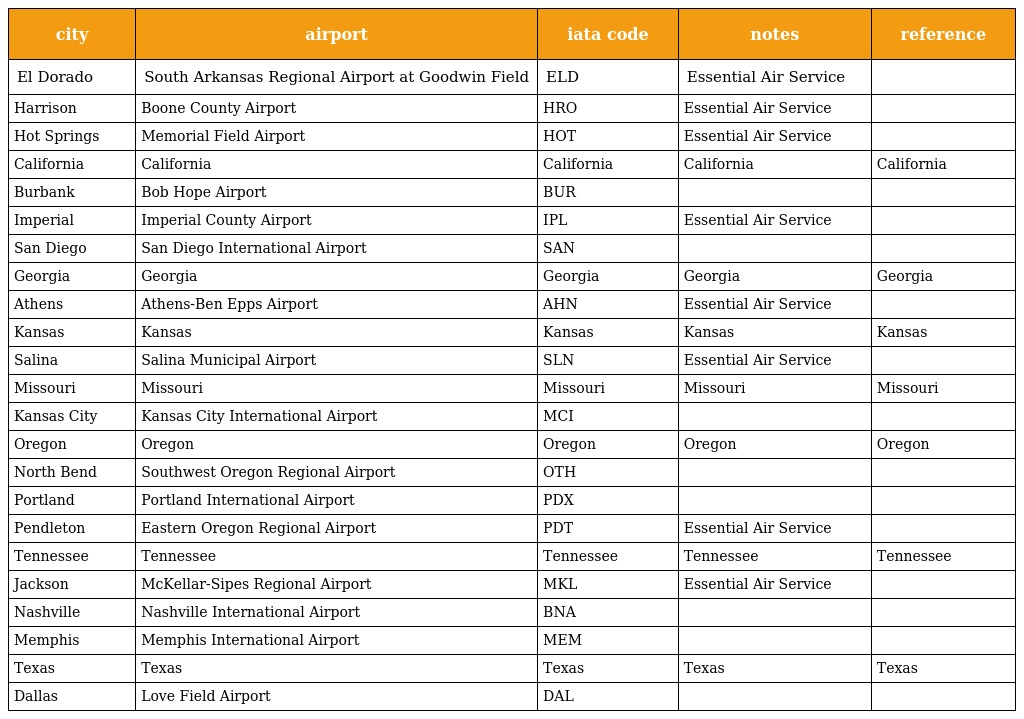
| city | airport | iata code | notes | reference |
 | --- | --- | --- | --- | --- |
 | El Dorado | South Arkansas Regional Airport at Goodwin Field | ELD | Essential Air Service |  |
 | Harrison | Boone County Airport | HRO | Essential Air Service |  |
 | Hot Springs | Memorial Field Airport | HOT | Essential Air Service |  |
 | California | California | California | California | California |
 | Burbank | Bob Hope Airport | BUR |  |  |
 | Imperial | Imperial County Airport | IPL | Essential Air Service |  |
 | San Diego | San Diego International Airport | SAN |  |  |
 | Georgia | Georgia | Georgia | Georgia | Georgia |
 | Athens | Athens-Ben Epps Airport | AHN | Essential Air Service |  |
 | Kansas | Kansas | Kansas | Kansas | Kansas |
 | Salina | Salina Municipal Airport | SLN | Essential Air Service |  |
 | Missouri | Missouri | Missouri | Missouri | Missouri |
 | Kansas City | Kansas City International Airport | MCI |  |  |
 | Oregon | Oregon | Oregon | Oregon | Oregon |
 | North Bend | Southwest Oregon Regional Airport | OTH |  |  |
 | Portland | Portland International Airport | PDX |  |  |
 | Pendleton | Eastern Oregon Regional Airport | PDT | Essential Air Service |  |
 | Tennessee | Tennessee | Tennessee | Tennessee | Tennessee |
 | Jackson | McKellar-Sipes Regional Airport | MKL | Essential Air Service |  |
 | Nashville | Nashville International Airport | BNA |  |  |
 | Memphis | Memphis International Airport | MEM |  |  |
 | Texas | Texas | Texas | Texas | Texas |
 | Dallas | Love Field Airport | DAL |  |  |